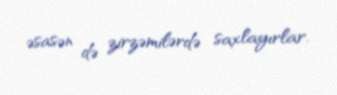
əsasən də zirzəmilərdə saxlayırlar.